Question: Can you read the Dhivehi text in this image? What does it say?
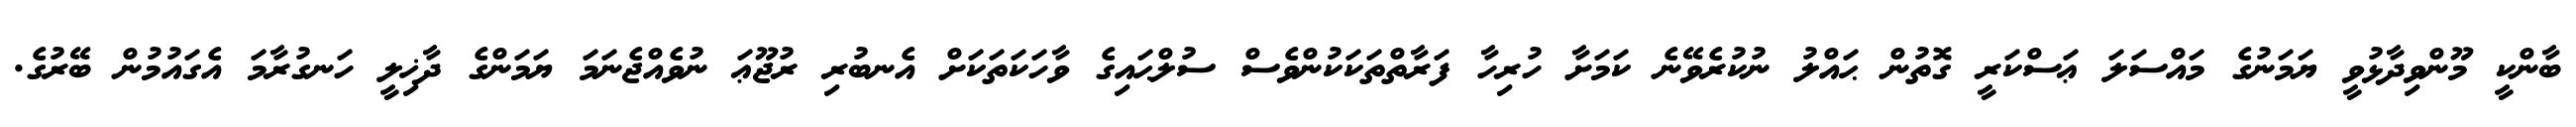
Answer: ބާންކީ މޫންވިދާޅުވީ ޔަމަނުގެ މައްސަލަ ޢަސްކަރީ ގޮތުން ޙައްލު ނުކުރެވޭނެ ކަމަށާ ހުރިހާ ފަރާތްތަކަކުންވެސް ސުލްޙައިގެ ވާހަކަތަކަށް އެނބުރި ރުޖޫޢަ ނުވެއްޖެނަމަ ޔަމަންގެ ދާޚިލީ ހަނގުރާމަ އެގައުމުން ބޭރުގެ.